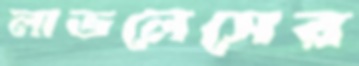
লাভলেসের